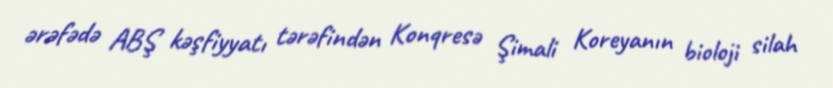
ərəfədə ABŞ kəşfiyyatı tərəfindən Konqresə Şimali Koreyanın bioloji silah